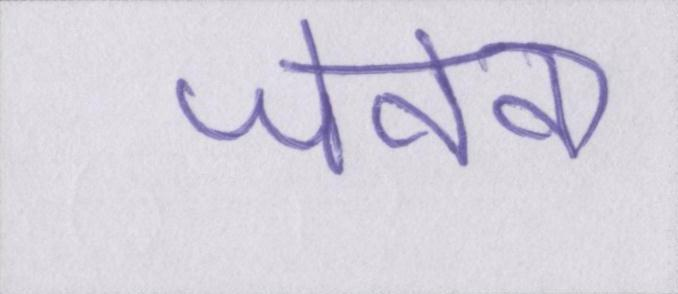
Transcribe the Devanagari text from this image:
जेनेवा